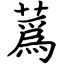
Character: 蔿